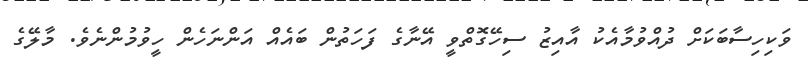
ވަކިހިސާބަކަށް ދުއްވުމާއެކު އާއިޒު ސިހޭގޮތްވީ އޭނާގެ ފަހަތުން ބައެއް އަންނަހެން ހީވުމުންނެވެ. މާލޭގެ